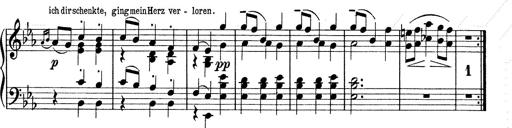
Title: 6 Polish Songs
Composer: Franz Liszt